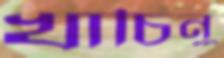
খাচিনু